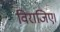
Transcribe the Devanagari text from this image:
विराजिए।